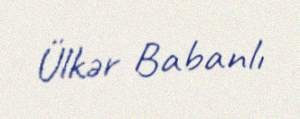
Ülkər Babanlı